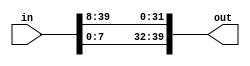
module right_shift(in,out);

input [39:0]in;
output [39:0]out;

assign out[39:32] = in[7:0];
assign out[31:0] = in[39:8];

endmodule